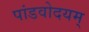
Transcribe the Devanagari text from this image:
पांडवोदयम्